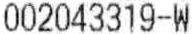
002043319-W